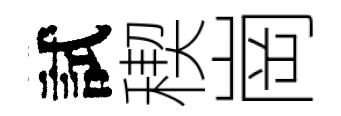
試稧崗